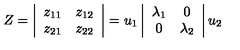
Z = \left| \begin{array} { c c } { z _ { 1 1 } } & { z _ { 1 2 } } \\ { z _ { 2 1 } } & { z _ { 2 2 } } \\ \end{array} \right| = u _ { 1 } \left| \begin{array} { c c } { \lambda _ { 1 } } & { 0 } \\ { 0 } & { \lambda _ { 2 } } \\ \end{array} \right| u _ { 2 }